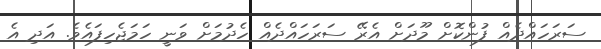
ސަރަހައްދެއް ފުންކޮށް މޫދަށް އެރޭ ސަރަހައްދެއް ހެދުމަށް ވަނީ ހަމަޖެހިފައެވެ. އަދި އެ